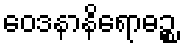
ဝေဒနာနိရောဓဉ္စ